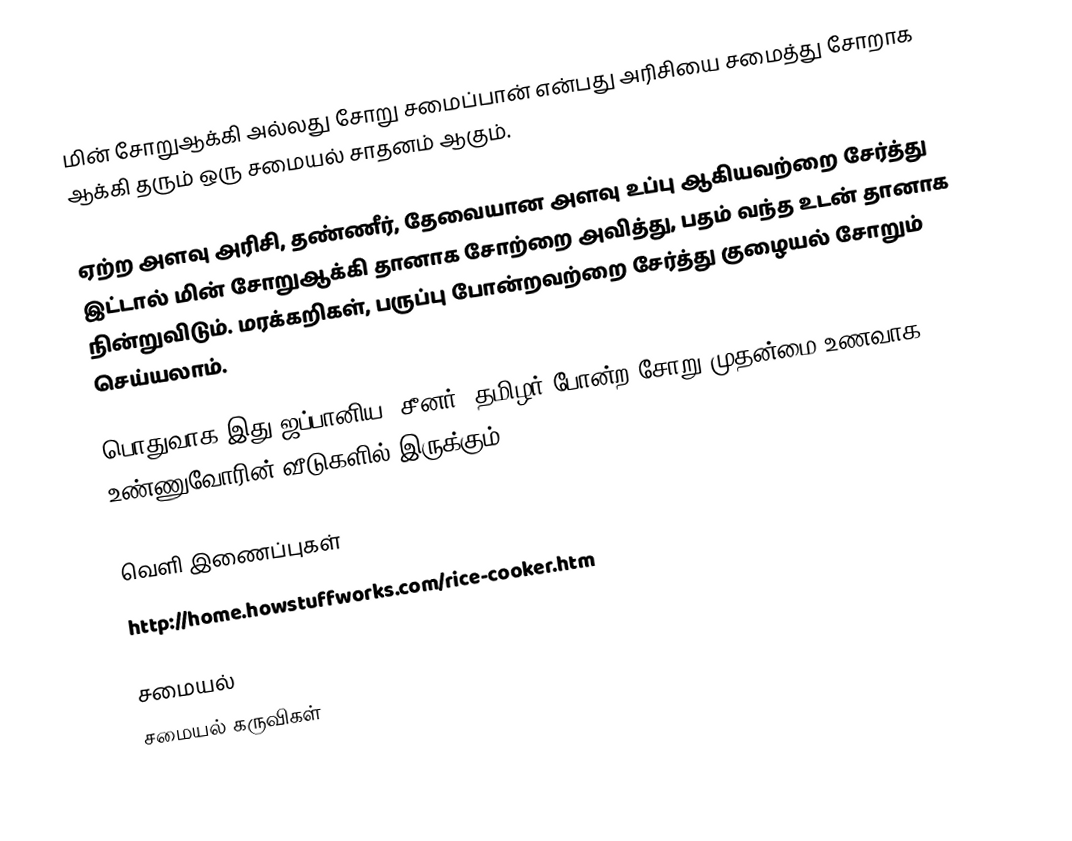
மின் சோறுஆக்கி அல்லது சோறு சமைப்பான் என்பது அரிசியை சமைத்து சோறாக ஆக்கி தரும் ஒரு சமையல் சாதனம் ஆகும்.

ஏற்ற அளவு அரிசி, தண்ணீர், தேவையான அளவு உப்பு ஆகியவற்றை சேர்த்து இட்டால் மின் சோறுஆக்கி தானாக சோற்றை அவித்து, பதம் வந்த உடன் தானாக நின்றுவிடும். மரக்கறிகள், பருப்பு போன்றவற்றை சேர்த்து குழையல் சோறும் செய்யலாம்.

பொதுவாக இது ஜப்பானிய, சீனர், தமிழர் போன்ற சோறு முதன்மை உணவாக உண்ணுவோரின் வீடுகளில் இருக்கும்.

வெளி இணைப்புகள்
 http://home.howstuffworks.com/rice-cooker.htm

சமையல்
சமையல் கருவிகள்